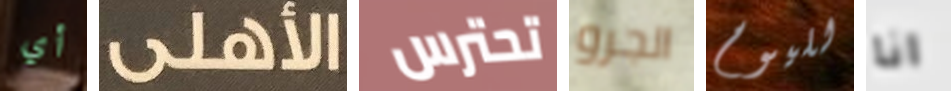
أي الأهلى تحترس الجرو لليوم انا